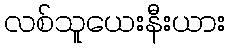
လစ်သူယေးနီးယား